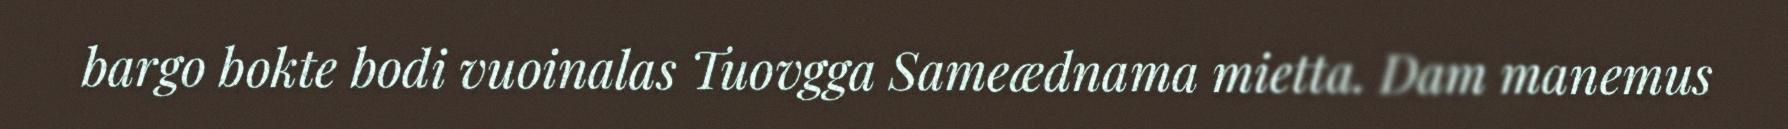
bargo bokte bodi vuoinalas Tuovgga Sameædnama mietta. Dam manemus